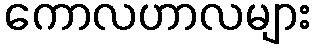
ကောလဟာလများ